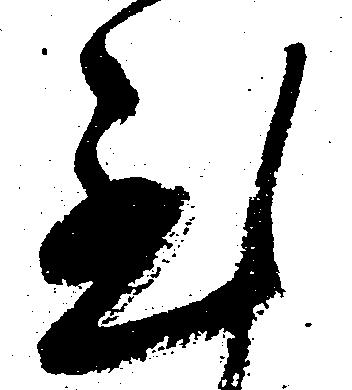
至